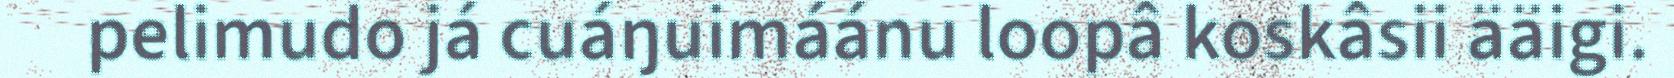
pelimudo já cuáŋuimáánu loopâ koskâsii ääigi.